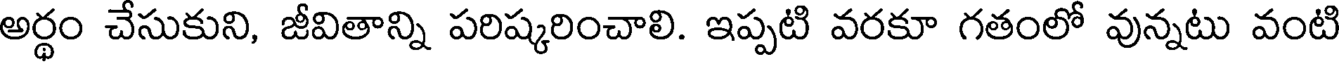
అర్థం చేసుకుని, జీవితాన్ని పరిష్కరించాలి. ఇప్పటి వరకూ గతంలో వున్నటు వంటి